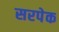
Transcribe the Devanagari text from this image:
सरपेक